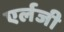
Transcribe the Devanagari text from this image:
एर्लजी